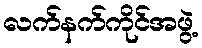
လက်နက်ကိုင်အဖွဲ့